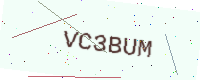
Text: VC3BUM